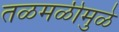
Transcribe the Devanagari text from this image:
तळमळीमुळे